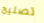
تصليح